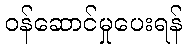
ဝန်ဆောင်မှုပေးရန်